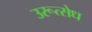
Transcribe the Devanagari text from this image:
उरूत्सेध